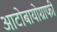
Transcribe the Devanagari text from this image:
आटोबायोग्राफी